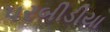
પરબીડીયા